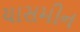
યાસમીન